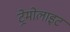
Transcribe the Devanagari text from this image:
ट्रेमोलाइट